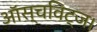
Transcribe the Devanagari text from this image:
ऑस्चविट्ज।